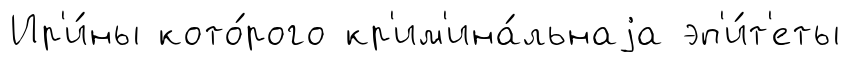
Ир'и́ны кото́рого кр'им'ина́льнаjа эп'и́т'еты